Papers set at the Examination for Leaving Certificates, 1895
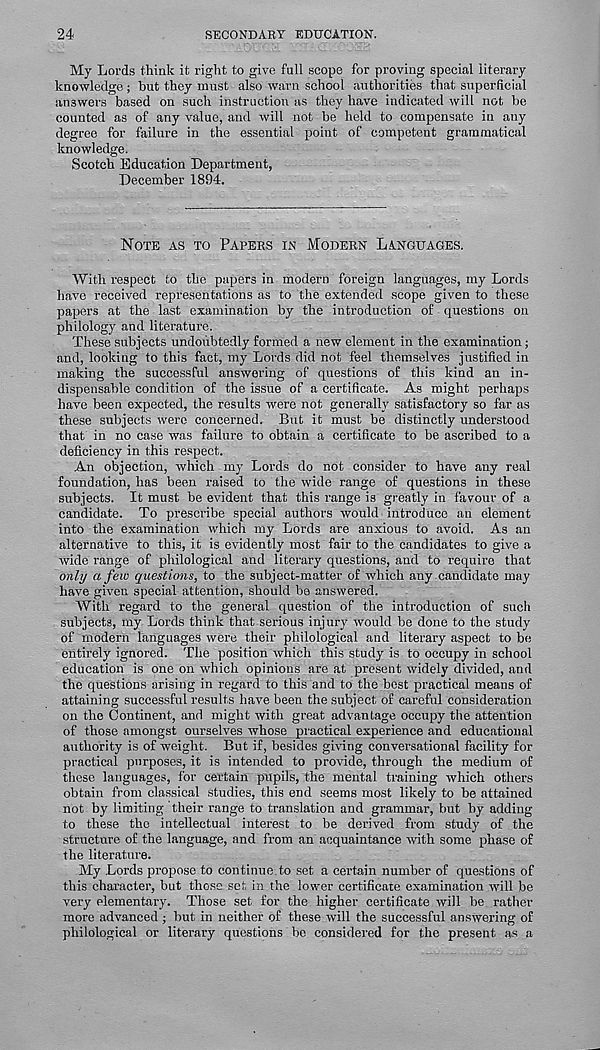
24
SECONDARY EDUCATION.
My Lords think it right to give full scope for proving special literary
knowledge ; but they must also warn school authorities that superficial
answers based on such instruction as they have indicated will not be
counted as of any value, and will not be held to compensate in any
degree for failure in the essential point of competent grammatical
knowledge.
Scotch Education Department,
December 1894.
NOTE AS TO PAPERS IN MODERN LANGUAGES.
With respect to the papers in modern foreign languages, my Lords
have received representations as to the extended scope given to these
papers at the last examination by the introduction of questions on
philology and literature.
These subjects undoubtedly formed a new element in the examination;
and, looking to this fact, my Lords did not feel themselves justified in
making the successful answering of questions of this kind an in-
dispensable condition of the issue of a certificate. As might perhaps
have been expected, the results were not generally satisfactory so far as
these subjects were concerned. But it must be distinctly understood
that in no case was failure to obtain a certificate to be ascribed to a
deficiency in this respect.
An objection, which my Lords do not consider to have any real
foundation, has been raised to the wide range of questions in these
subjects. It must be evident that this range is greatly in favour of a
candidate. To prescribe special authors would introduce an element
into the examination which my Lords are anxious to avoid. As an
alternative to this, it is evidently most fair to the candidates to give a
wide range of philological and literary questions, and to require that
only a few questions, to the subject-matter of which any candidate may
have given special attention, should be answered.
With regard to the general question of the introduction of such
subjects, my Lords think that serious injury would be done to the study
of modern languages were their philological and literary aspect to be
entirely ignored. The position which this study is to occupy in school
education is one on which opinions are at present widely divided, and
the questions arising in regard to this and to the best practical means of
attaining successful results have been the subject of careful consideration
on the Continent, and might with great advantage occupy the attention
of those amongst ourselves whose practical experience and educational
authority is of weight. But if, besides giving conversational facility for
practical purposes, it is intended to provide, through the medium of
these languages, for certain pupils, the mental training which others
obtain from classical studies, this end seems most likely to be attained
not by limiting their range to translation and grammar, but by adding
to these the intellectual interest to be derived from study of the
structure of the language, and from an acquaintance with some phase of
the literature.
My Lords propose to continue.to set a certain number of questions of
this character, but those set in the lower certificate examination will be
very elementary. Those set for the higher certificate will be rather
more advanced ; but in neither of these will the successful answering of
philological or literary questions be considered for the present as a